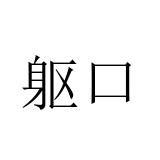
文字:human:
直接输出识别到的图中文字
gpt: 躯口